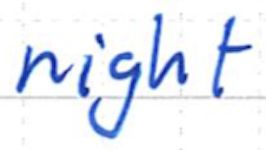
Text: night
Cross-out: clean
Writing tool: ballpoint